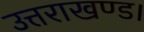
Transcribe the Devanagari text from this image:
उत्तराखण्ड।